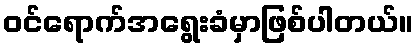
ဝင်ရောက်အရွေးခံမှာဖြစ်ပါတယ်။